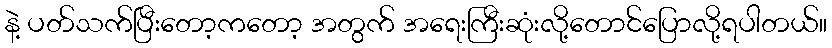
နဲ့ ပတ်သက်ပြီးတော့ကတော့ အတွက် အရေးကြီးဆုံးလို့တောင်ပြောလို့ရပါတယ်။